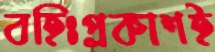
বহিঃপ্রকাশই